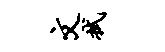
文拭